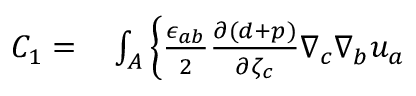
\begin{array} { r l } { C _ { 1 } = } & { { } \int _ { A } \left\{ \frac { \epsilon _ { a b } } { 2 } \frac { \partial ( d + p ) } { \partial { \zeta } _ { c } } \nabla _ { c } \nabla _ { b } { u } _ { a } \right. } \end{array}